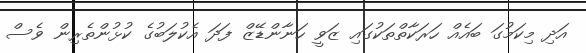
އަދި މިކަމުގަ ބައެއް ހަރަކާތްތަކުގައި ޒަވީ ހަނާންޑޭޒް ފަދަ އެކުލަބުގެ ކުޅުންތެރިން ވެސް